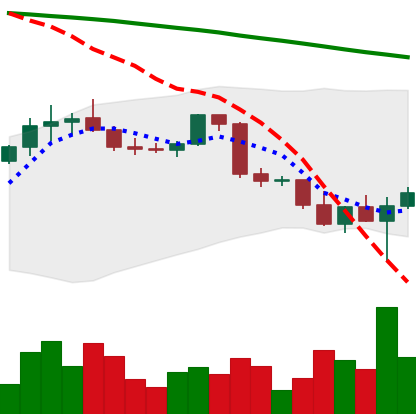
Ticker: BTC-USD
Chart end date: 2022-02-25
Forward return: 12.011%
Label: up_7plus